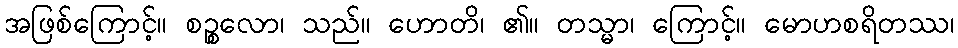
အဖြစ်ကြောင့်။ စဉ္စလော၊ သည်။ ဟောတိ၊ ၏။ တသ္မာ၊ ကြောင့်။ မောဟစရိတဿ၊